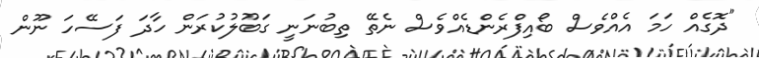
"ދޮގެއް ހަމަ އެއްވެސް ބޯއިފްރެންޑެއްވެސް ނެތޭ ތިބުނަނީ ގަބޫލުކުރަން ހާދަ ފަސޭހަ ނޫން